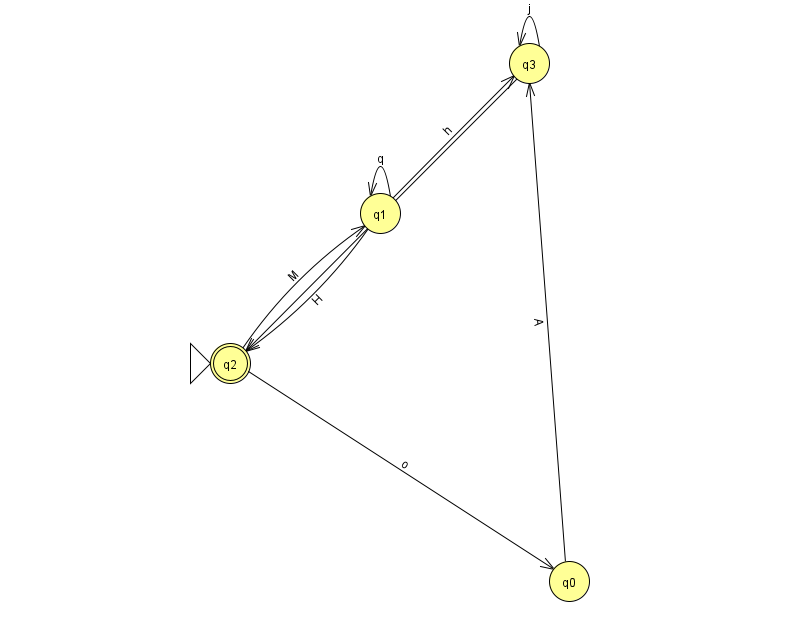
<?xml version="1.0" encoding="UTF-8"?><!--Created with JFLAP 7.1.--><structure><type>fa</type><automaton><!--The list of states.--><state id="0" name="q0"><x>569.0</x><y>568.0</y></state><state id="1" name="q1"><x>380.0</x><y>200.0</y></state><state id="2" name="q2"><x>230.0</x><y>350.0</y><initial/><final/></state><state id="3" name="q3"><x>529.0</x><y>50.0</y></state><!--The list of transitions.--><transition><from>1</from><to>3</to><read>h</read></transition><transition><from>3</from><to>2</to><read>m</read></transition><transition><from>1</from><to>1</to><read>q</read></transition><transition><from>2</from><to>0</to><read>o</read></transition><transition><from>2</from><to>1</to><read>M</read></transition><transition><from>3</from><to>3</to><read>j</read></transition><transition><from>0</from><to>3</to><read>A</read></transition><transition><from>1</from><to>2</to><read>H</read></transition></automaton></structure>